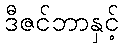
ဒီဇင်ဘာနှင့်